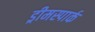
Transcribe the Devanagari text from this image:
ड्रीमस्पार्क